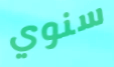
سنوي